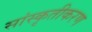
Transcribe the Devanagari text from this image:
सांस्कृतीकरण